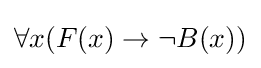
\forall x(F(x)\to \lnot B(x))